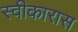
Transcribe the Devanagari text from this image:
स्वीकारास